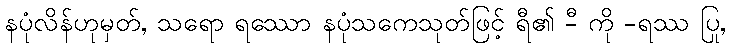
နပုံလိန်ဟုမှတ်, သရော ရဿော နပုံသကေသုတ်ဖြင့် ရီ၏ -ီ ကို -ရဿ ပြု,